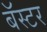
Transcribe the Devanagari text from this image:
बॅस्टर